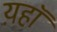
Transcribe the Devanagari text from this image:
य़हॉ